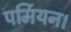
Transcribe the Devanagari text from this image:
पर्मियन।